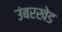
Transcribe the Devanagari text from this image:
उंबरखेड